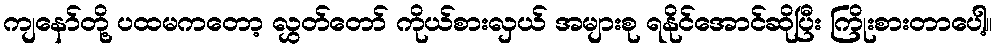
ကျနော်တို့ ပထမကတော့ လွှတ်တော် ကိုယ်စားလှယ် အများစု ရနိုင်အောင်ဆိုပြီး ကြိုးစားတာပေါ့။